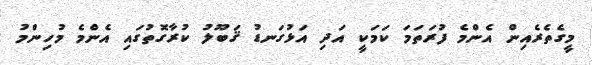
މީގެތެރެއިން އެންމެ ފުރަތަމަ ކަމަކީ އަދި އަޅުގަނޑު ޤަބޫލު ކުރާގޮތުގައި އެންމެ މުހިންމު